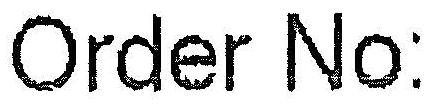
ORDER NO: